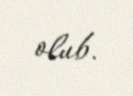
olub.